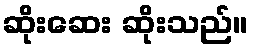
ဆိုးဆေး ဆိုးသည်။